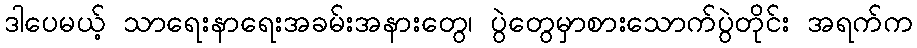
ဒါပေမယ့် သာရေးနာရေးအခမ်းအနားတွေ၊ ပွဲတွေမှာစားသောက်ပွဲတိုင်း အရက်က